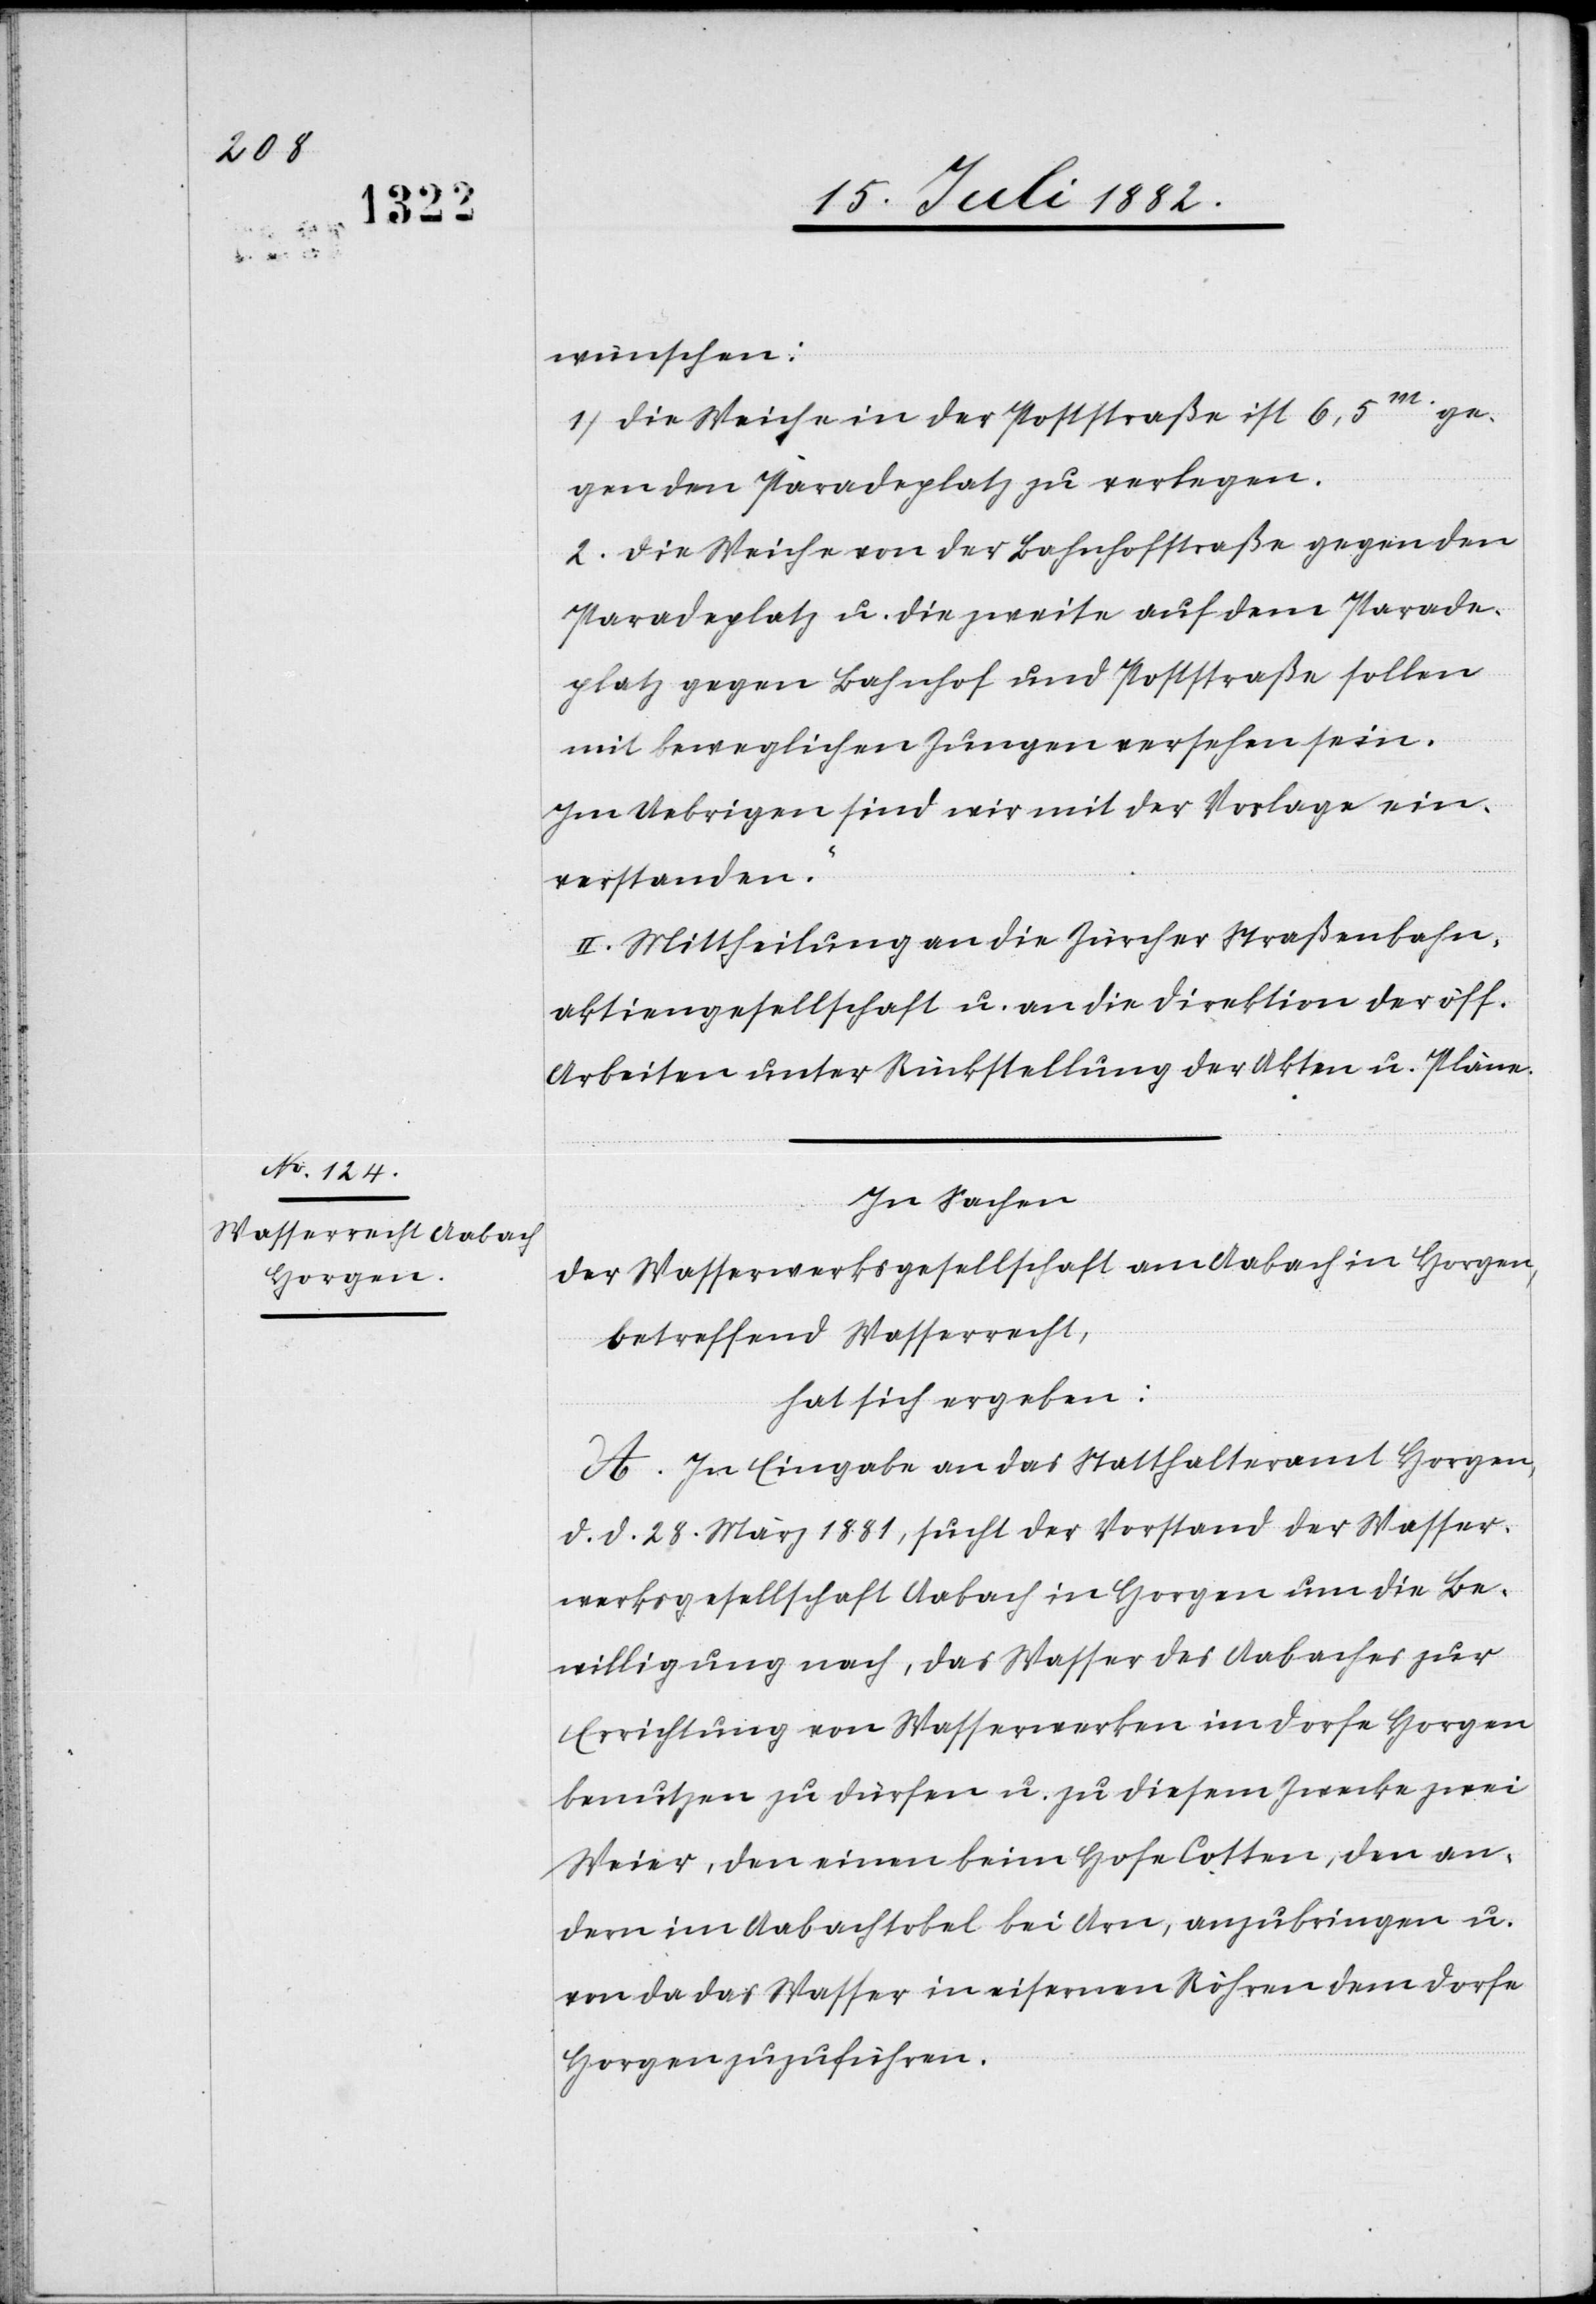
wünschen:
1) Die Weiche in der Poststraße ist 6,5m ge¬
gen den Paradeplatz zu verlegen.
2) Die Weiche von der Bahnhofstraße gegen den
Paradeplatz u. die zweite auf dem Parade¬
platz gegen Bahnhof und Poststraße sollen
mit beweglichen Zungen versehen sein.
Im Uebrigen sind wir mit der Vorlage ein¬
verstanden.“
II. Mittheilung an die Zürcher Straßenbahn¬
aktiengesellschaft u. an die Direktion der öff.
Arbeiten unter Rückstellung der Akten u. Pläne.
In Sachen
der Wasserwerksgesellschaft am Aabach in Horgen,
betreffend Wasserrecht,
hat sich ergeben:
A. In Eingabe an das Statthalteramt Horgen
d. d. 28. März 1881, sucht der Vorstand der Wasser¬
werksgesellschaft Aabach in Horgen um die Be¬
willigung nach, das Wasser des Aabaches zur
Errichtung von Wasserwerken im Dorfe Horgen
benutzen zu dürfen u. zu diesem Zwecke zwei
Weier, den einen beim Hofe Cotten, den an¬
dern im Aabachtobel bei Arn, anzubringen u.
von da das Wasser in eisernen Röhren dem Dorfe
Horgen zuzuführen.